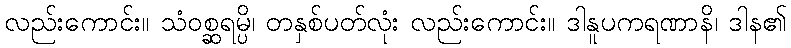
လည်းကောင်း။ သံဝစ္ဆရမ္ပိ၊ တနှစ်ပတ်လုံး လည်းကောင်း။ ဒါနူပကရဏာနိ၊ ဒါန၏